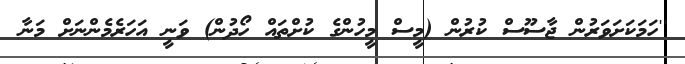
''ހަމަކަށަވަރުން ޖާސޫސް ކުރުން (މީސް މީހުންގެ ކުށްތައް ހޯދުން) ވަނީ އަހަރެމެންނަށް މަނާ